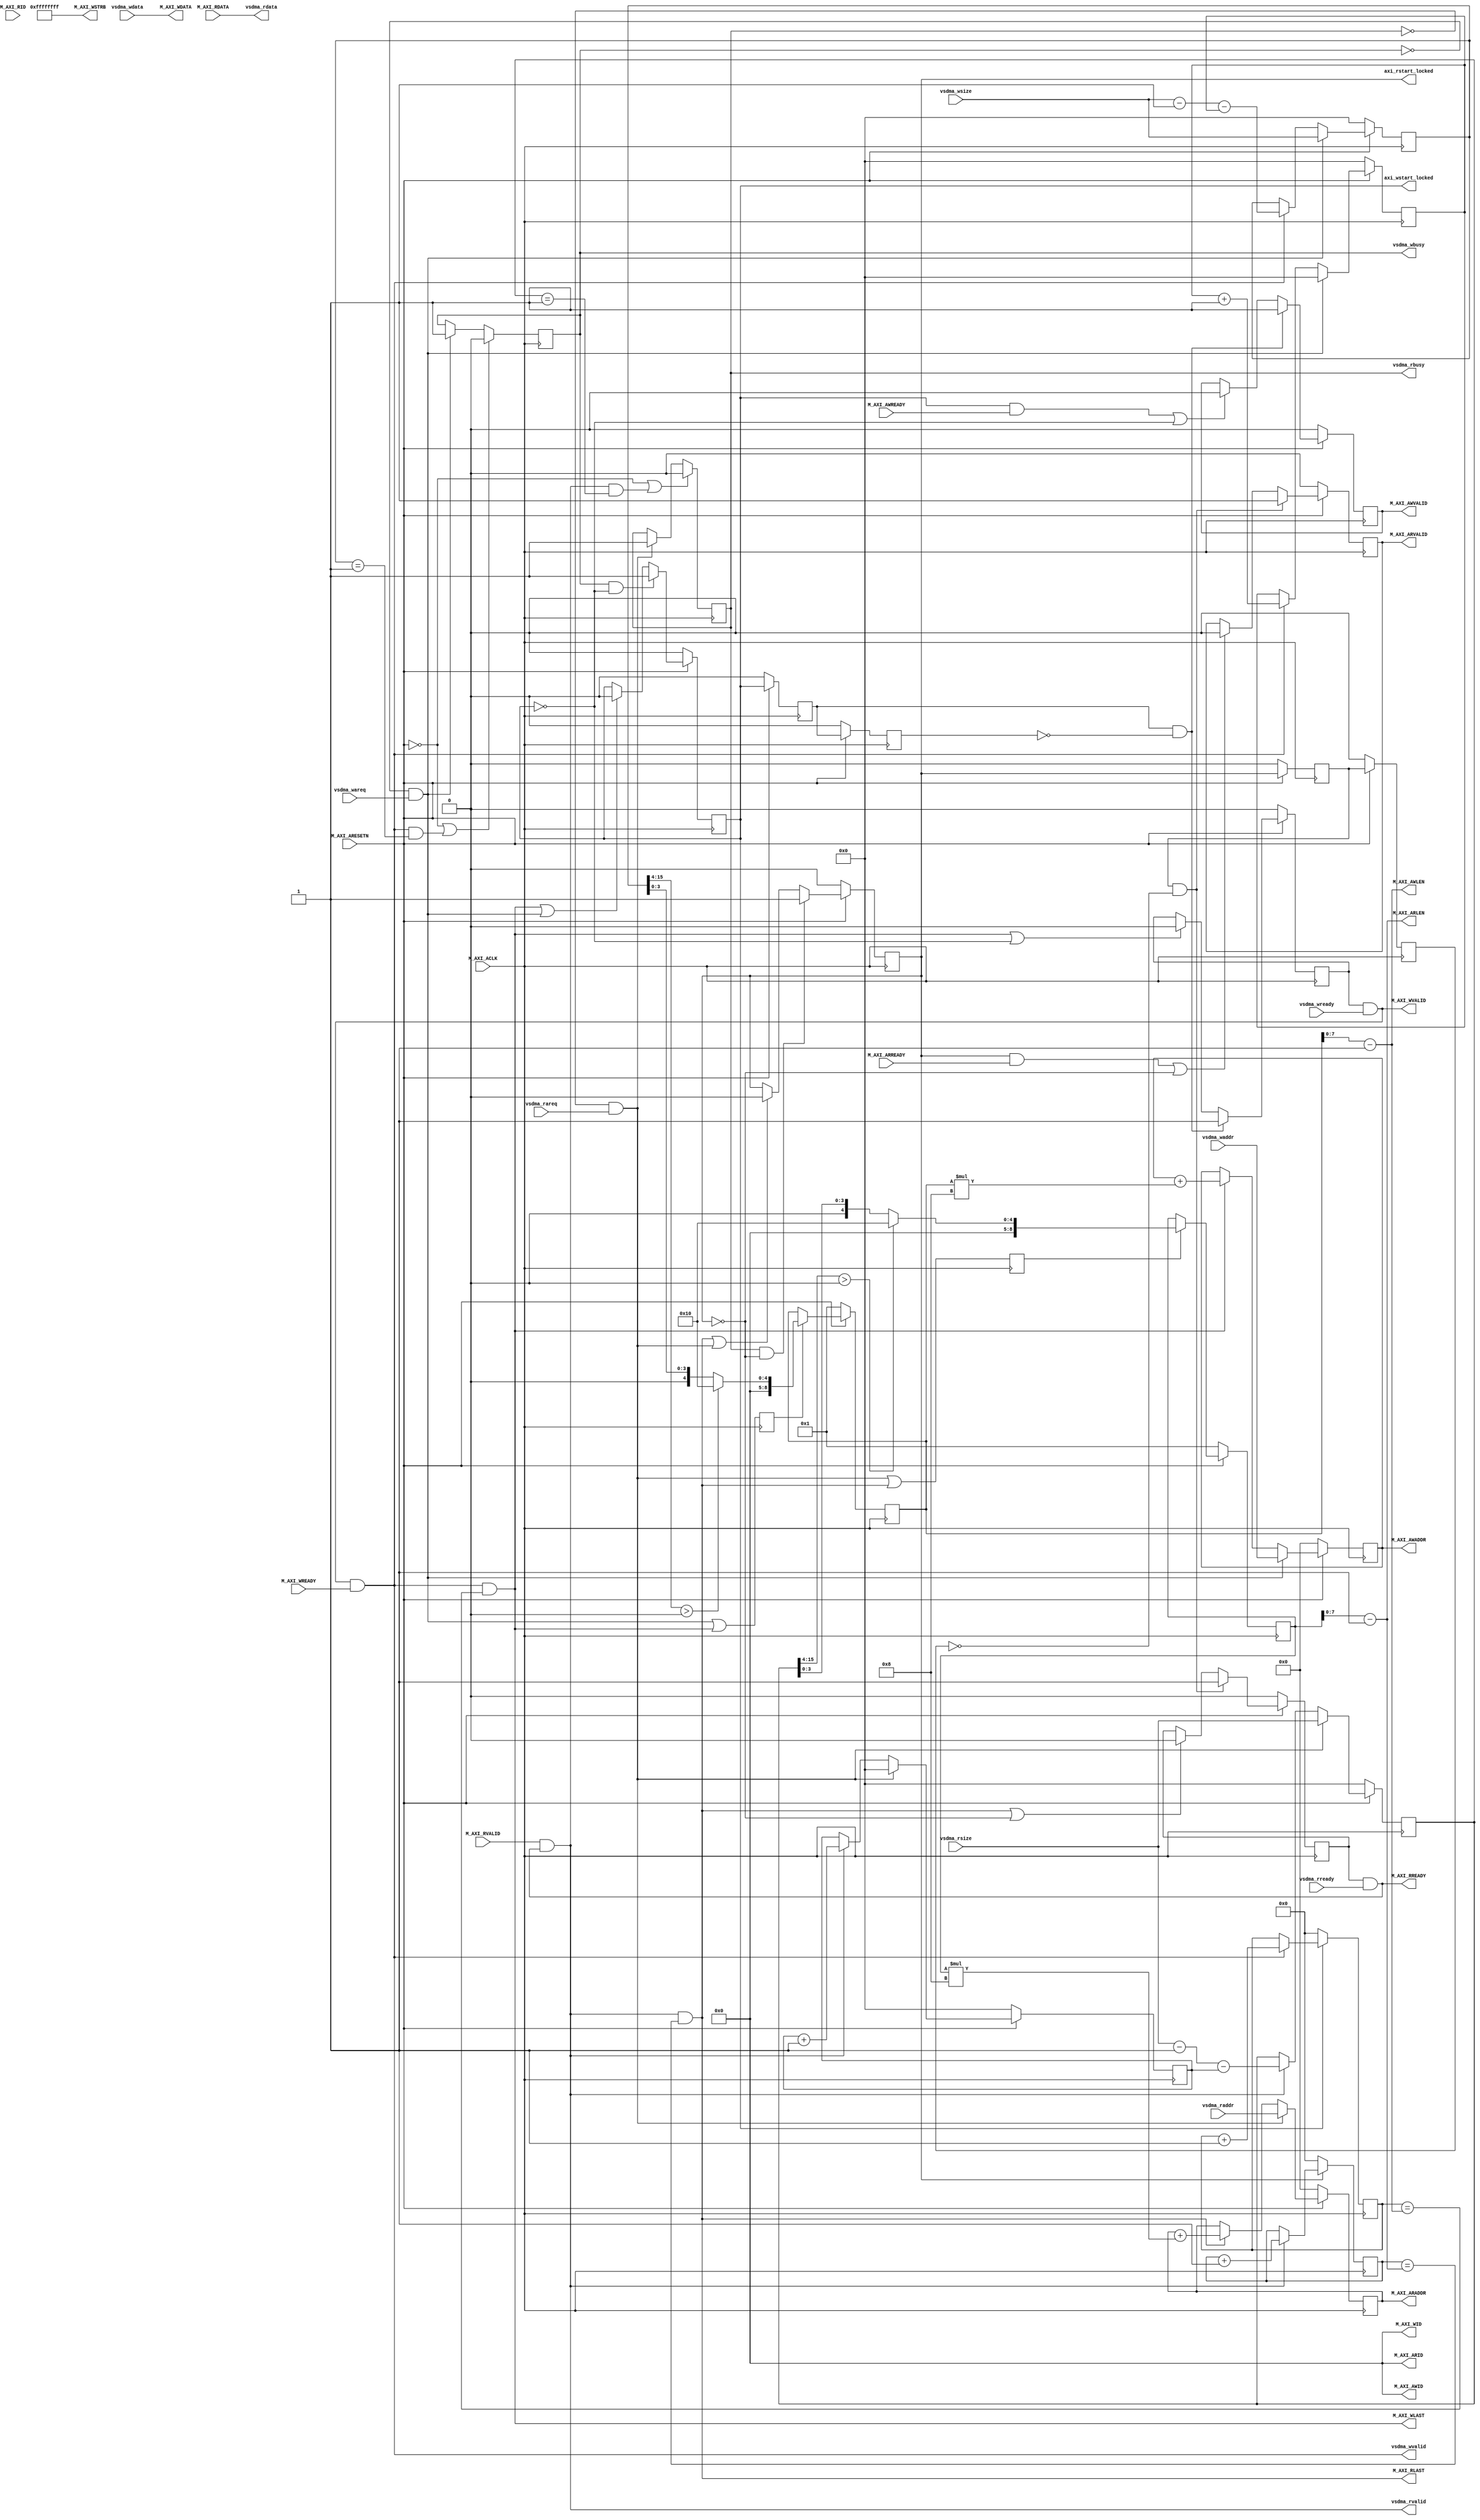

`timescale 1ns / 1ps
//****************************************Copyright (c)***********************************//
//
// Last modified Date   : 2023/05/25
// Created date         : 2023/05/19  
// Descriptions         : vsdma_to_axivsdmaaxi       
//
//****************************************************************************************//

module vsdma_to_axi#
(
    parameter                           integer         M_AXI_ID_WIDTH			    = 4,
    parameter                           integer         M_AXI_ID			        = 0,
    parameter                           integer         M_AXI_ADDR_WIDTH			= 28,
    parameter                           integer         M_AXI_DATA_WIDTH			= 256,
    parameter                           integer		  	M_AXI_MAX_BURST_LEN       	= 16 
)
(
    input  wire        [M_AXI_ADDR_WIDTH-1 : 0]	vsdma_waddr                ,
    input                               		vsdma_wareq                ,
    input  wire        [  15:0]         		vsdma_wsize                ,
    output                              		vsdma_wbusy                ,
				
    input  wire        [M_AXI_DATA_WIDTH-1 :0]	vsdma_wdata                ,
    output wire                         		vsdma_wvalid               ,
    input  wire                         		vsdma_wready               ,

    input  wire        [M_AXI_ADDR_WIDTH-1 : 0]	vsdma_raddr                ,
    input                              			vsdma_rareq                ,
    input  wire        [  15:0]         		vsdma_rsize                ,
    output                              		vsdma_rbusy                ,
				
    output wire        [M_AXI_DATA_WIDTH-1 :0]	vsdma_rdata                ,
    output wire                         		vsdma_rvalid               ,
    input  wire                         		vsdma_rready               ,

    output reg                          		axi_wstart_locked          ,
    output reg                                  axi_rstart_locked          ,
		
    input  wire                         		M_AXI_ACLK                 ,
    input  wire                         		M_AXI_ARESETN              ,
    output wire        [M_AXI_ID_WIDTH-1 : 0]	M_AXI_AWID                 ,
    output wire        [M_AXI_ADDR_WIDTH-1 : 0]	M_AXI_AWADDR               ,
    output wire        [   7:0]        			M_AXI_AWLEN                ,
    output wire                        			M_AXI_AWVALID              ,
    input  wire                         		M_AXI_AWREADY              ,
    output wire        [M_AXI_ID_WIDTH-1 : 0]	M_AXI_WID                  ,
    output wire        [M_AXI_DATA_WIDTH-1 : 0]	M_AXI_WDATA                ,
    output wire        [M_AXI_DATA_WIDTH/8-1 : 0]M_AXI_WSTRB               ,
    output wire                         		M_AXI_WLAST                ,
    output wire                         		M_AXI_WVALID               ,
    input  wire                        			M_AXI_WREADY               ,
 
    output wire        [M_AXI_ID_WIDTH-1 : 0]	M_AXI_ARID                 ,
    output wire        [M_AXI_ADDR_WIDTH-1 : 0]	M_AXI_ARADDR               ,
    output wire        [   7:0]         		M_AXI_ARLEN                ,
    output wire                         		M_AXI_ARVALID              ,
    input  wire                         		M_AXI_ARREADY              ,
	 
    input  wire        [M_AXI_ID_WIDTH-1 : 0]	M_AXI_RID                  ,
    input  wire        [M_AXI_DATA_WIDTH-1 : 0]	M_AXI_RDATA                ,
    output wire                         		M_AXI_RLAST                ,
    input  wire                         		M_AXI_RVALID               ,
    output wire                         		M_AXI_RREADY                
    );

//log2
function integer clogb2 (input integer bit_depth);
    begin
        bit_depth = bit_depth - 1;
        for(clogb2=0; bit_depth>0; clogb2=clogb2+1)
        	bit_depth = bit_depth >> 1;
    end
endfunction

localparam                              AXI_UNITS =  M_AXI_DATA_WIDTH/32;//AXI
localparam             [   3:0]         MAX_BURST_LEN_SIZE = clogb2(M_AXI_MAX_BURST_LEN);
                                                    
//vsdma axi write----------------------------------------------
wire                                    		w_next      = (M_AXI_WVALID & M_AXI_WREADY);//validreadyAXI4
wire                   [M_AXI_DATA_WIDTH-1 : 0]	axi_wdata                  ;//AXI4
wire                                    		axi_wlast                  ;//AXI4LAST
reg                    [M_AXI_ADDR_WIDTH-1 : 0]	axi_awaddr	= 0            ;//AXI4
reg                                     		axi_awvalid	= 1'b0         ;//AXI4
reg                                     		axi_wvalid	= 1'b0         ;//AXI4
reg                    [   8:0]         		wburst_len  = 1            ;//AXI
reg                    [   8:0]         		wburst_cnt  = 0            ;//AXI
reg                    [  15:0]         		wvsdma_cnt  = 0            ;//vsdma
wire                   [  15:0]         		axi_wburst_size = wburst_len * AXI_UNITS;//AXI

assign axi_wdata        	= vsdma_wdata;
assign M_AXI_WID        	= 0;
assign M_AXI_AWID        	= M_AXI_ID;
assign M_AXI_AWADDR        	= axi_awaddr;
assign M_AXI_AWLEN        	= wburst_len - 1;
assign M_AXI_AWVALID        = axi_awvalid;
assign M_AXI_WDATA        	= axi_wdata;
assign M_AXI_WSTRB        	= {(32){1'b1}};
assign M_AXI_WLAST       	= axi_wlast;
assign M_AXI_WVALID        	= axi_wvalid & vsdma_wready;

//----------------------------------------------------------------------------	
//AXI4 FULL Write
wire                                    vsdma_wstart                ;
wire                                    vsdma_wend                  ;
reg                                     vsdma_wstart_locked = 1'b0  ;

assign  vsdma_wvalid      	= w_next;
assign  vsdma_wbusy 		= vsdma_wstart_locked ;
assign  vsdma_wstart 		= (vsdma_wstart_locked == 1'b0 && vsdma_wareq == 1'b1);

//vsdmavsdma_wstart_locked
always @(posedge M_AXI_ACLK)
    if(M_AXI_ARESETN == 1'b0 || vsdma_wend == 1'b1 )
        vsdma_wstart_locked <= 1'b0;
    else if(vsdma_wstart)
        vsdma_wstart_locked <= 1'b1;

//AXI4 write burst lenth busrt addr ------------------------------
/*vsdma_wstartvsdmavsdmaaxi_awaddr
AXIaxi_wlast
AXI
*/
always @(posedge M_AXI_ACLK)
    if(M_AXI_ARESETN == 1'b0)begin
        axi_awaddr <= 0;
    end
    else if(vsdma_wstart)
        axi_awaddr <= vsdma_waddr;
    else if(axi_wlast == 1'b1)
        axi_awaddr <= axi_awaddr + axi_wburst_size ;

//AXI4 write cycle -----------------------------------------------
reg                                     axi_wstart_locked_r1 = 1'b0;
reg                                     axi_wstart_locked_r2 = 1'b0;

always @(posedge M_AXI_ACLK)begin
    if(M_AXI_ARESETN == 1'b0)begin
        axi_wstart_locked_r1 <= 1'b0;
        axi_wstart_locked_r2 <= 1'b0;
    end
    else begin
        axi_wstart_locked_r1 <= axi_wstart_locked;
        axi_wstart_locked_r2 <= axi_wstart_locked_r1;
    end
end
//axi_wstart_lockedAXI
always @(posedge M_AXI_ACLK)
    if(M_AXI_ARESETN == 1'b0)begin
        axi_wstart_locked <= 1'b0;
    end
    else if((vsdma_wstart_locked == 1'b1) &&  axi_wstart_locked == 1'b0)
        axi_wstart_locked <= 1'b1;
    else if(axi_wlast == 1'b1 || vsdma_wstart == 1'b1)
        axi_wstart_locked <= 1'b0;	    
//AXI4 addr valid and write addr-----------------------------------	
always @(posedge M_AXI_ACLK)
     if(M_AXI_ARESETN == 1'b0)begin
         axi_awvalid <= 1'b0;
     end
     else if((axi_wstart_locked_r1 == 1'b1) &&  axi_wstart_locked_r2 == 1'b0)
         axi_awvalid <= 1'b1;
     else if((axi_wstart_locked == 1'b1 && M_AXI_AWREADY == 1'b1)|| axi_wstart_locked == 1'b0)
         axi_awvalid <= 1'b0;
//AXI4 write data---------------------------------------------------		
always @(posedge M_AXI_ACLK)
    if(M_AXI_ARESETN == 1'b0)begin
        axi_wvalid <= 1'b0;
	end
    else if((axi_wstart_locked_r1 == 1'b1) && (axi_wstart_locked_r2 == 1'b0))
        axi_wvalid <= 1'b1;
    else if(axi_wlast == 1'b1 || axi_wstart_locked == 1'b0)
        axi_wvalid <= 1'b0;                                         	
//AXI4 write data burst len counter----------------------------------
always @(posedge M_AXI_ACLK)
    if(axi_wstart_locked == 1'b0)
        wburst_cnt <= 0;
    else if(w_next)
        wburst_cnt <= wburst_cnt + 1'b1;

assign axi_wlast = (w_next == 1'b1) && (wburst_cnt == M_AXI_AWLEN);		   	
//vsdma write data burst len counter----------------------------------
reg                                     wburst_len_req = 1'b0      ;
reg                    [  15:0]         vsdma_wleft_cnt =16'd0     ;

//wburst_len_reqAXI
always @(posedge M_AXI_ACLK)
    wburst_len_req <= vsdma_wstart|axi_wlast;

//vsdma_wleft_cntvsdma         
always @(posedge M_AXI_ACLK)
    if(M_AXI_ARESETN == 1'b0)begin
        wvsdma_cnt <= 0;
        vsdma_wleft_cnt <= 0;
    end
    else if( vsdma_wstart )begin
        wvsdma_cnt <= 0;
        vsdma_wleft_cnt <= vsdma_wsize;
    end
    else if(w_next)begin
        wvsdma_cnt <= wvsdma_cnt + 1'b1;
        vsdma_wleft_cnt <= (vsdma_wsize - 1'b1) - wvsdma_cnt;
    end

//vsdmavsdma_wendvsdma
assign  vsdma_wend = w_next && (vsdma_wleft_cnt == 1 );

//DDR31616
always @(posedge M_AXI_ACLK)begin
    if(M_AXI_ARESETN == 1'b0)begin
        wburst_len <= 1;
    end
    else if(wburst_len_req)begin
        if(vsdma_wleft_cnt[15:MAX_BURST_LEN_SIZE] >0)
            wburst_len <= M_AXI_MAX_BURST_LEN;
        else
            wburst_len <= vsdma_wleft_cnt[MAX_BURST_LEN_SIZE-1:0];
    end
    else wburst_len <= wburst_len;
end

//vsdma axi read----------------------------------------------
wire                                    		r_next      = (M_AXI_RVALID && M_AXI_RREADY);
wire                                    		axi_rlast                  ;
reg                    [M_AXI_ADDR_WIDTH-1 : 0]	axi_araddr  = 0            ;
reg                                     		axi_arvalid = 1'b0         ;
reg                                     		axi_rready	= 1'b0         ;
reg                    [   8:0]         		rburst_len  = 1            ;
reg                    [   8:0]         		rburst_cnt  = 0            ;
reg                    [  15:0]         		rvsdma_cnt	= 0            ;
wire                   [  15:0]        			axi_rburst_size = rburst_len * AXI_UNITS;

assign M_AXI_ARID        	= M_AXI_ID;
assign M_AXI_ARADDR       	= axi_araddr;
assign M_AXI_ARLEN        	= rburst_len - 1;
assign M_AXI_ARVALID        = axi_arvalid;
assign M_AXI_RREADY        	= axi_rready && vsdma_rready;
assign M_AXI_RLAST      	= axi_rlast;                                
assign vsdma_rdata       	= M_AXI_RDATA;
assign vsdma_rvalid      	= r_next;

//AXI4 FULL Read----------------------------------------- 	
wire                                    vsdma_rstart                ;
wire                                    vsdma_rend                  ;
reg                                     vsdma_rstart_locked = 1'b0  ;

assign vsdma_rbusy = vsdma_rstart_locked ;
assign vsdma_rstart = (vsdma_rstart_locked == 1'b0 && vsdma_rareq == 1'b1);

always @(posedge M_AXI_ACLK)
    if(M_AXI_ARESETN == 1'b0 || vsdma_rend == 1'b1)
        vsdma_rstart_locked <= 1'b0;
    else if(vsdma_rstart)
        vsdma_rstart_locked <= 1'b1;

//AXI4 read burst lenth busrt addr ------------------------------
always @(posedge M_AXI_ACLK)
    if(M_AXI_ARESETN == 1'b0)
        axi_araddr <= 0;
    else if(vsdma_rstart == 1'b1)
        axi_araddr <= vsdma_raddr;
    else if(axi_rlast == 1'b1)
        axi_araddr <= axi_araddr + axi_rburst_size ;
//AXI4 r_cycle_flag------------------------------------- 	
reg                                     axi_rstart_locked_r1 = 1'b0;
reg                                     axi_rstart_locked_r2 = 1'b0;

always @(posedge M_AXI_ACLK)begin
    if(M_AXI_ARESETN == 1'b0)begin
        axi_rstart_locked_r1 <= 1'b0;
        axi_rstart_locked_r2 <= 1'b0;
    end
    else begin
        axi_rstart_locked_r1 <= axi_rstart_locked;
        axi_rstart_locked_r2 <= axi_rstart_locked_r1;
    end
end
always @(posedge M_AXI_ACLK)
    if(M_AXI_ARESETN == 1'b0)
        axi_rstart_locked <= 1'b0;
    else if((vsdma_rstart_locked == 1'b1) &&  axi_rstart_locked == 1'b0)
        axi_rstart_locked <= 1'b1;
    else if(axi_rlast == 1'b1 || vsdma_rstart == 1'b1)
        axi_rstart_locked <= 1'b0;
	    
//AXI4 addr valid and read addr-----------------------------------	
always @(posedge M_AXI_ACLK)
     if(M_AXI_ARESETN == 1'b0)
         axi_arvalid <= 1'b0;
     else if((axi_rstart_locked_r1 == 1'b1) &&  axi_rstart_locked_r2 == 1'b0)
         axi_arvalid <= 1'b1;
     else if((axi_rstart_locked == 1'b1 && M_AXI_ARREADY == 1'b1)|| axi_rstart_locked == 1'b0)
         axi_arvalid <= 1'b0;
//AXI4 read data---------------------------------------------------		
always @(posedge M_AXI_ACLK)
    if(M_AXI_ARESETN == 1'b0)
         axi_rready <= 1'b0;
    else if((axi_rstart_locked_r1 == 1'b1) &&  axi_rstart_locked_r2 == 1'b0)
        axi_rready <= 1'b1;
    else if(axi_rlast == 1'b1 || axi_rstart_locked == 1'b0)
        axi_rready <= 1'b0;                                         //	
		
//AXI4 read data burst len counter----------------------------------
always @(posedge M_AXI_ACLK)
    if(axi_rstart_locked == 1'b0)
        rburst_cnt <= 0;
    else if(r_next)
        rburst_cnt <= rburst_cnt + 1'b1;

assign axi_rlast = (r_next == 1'b1) && (rburst_cnt == M_AXI_ARLEN);
//vsdma read data burst len counter----------------------------------
reg                                     rburst_len_req = 1'b0      ;
reg                    [  15:0]         vsdma_rleft_cnt = 16'd0    ;
  
always @(posedge M_AXI_ACLK)
        rburst_len_req <= vsdma_rstart | axi_rlast;
        
always @(posedge M_AXI_ACLK)
	if(M_AXI_ARESETN == 1'b0)begin
        rvsdma_cnt <= 0;
        vsdma_rleft_cnt <=0;
    end
    else if(vsdma_rstart )begin
        rvsdma_cnt <= 0;
        vsdma_rleft_cnt <= vsdma_rsize;
    end
    else if(r_next)begin
        rvsdma_cnt <= rvsdma_cnt + 1'b1;
        vsdma_rleft_cnt <= (vsdma_rsize - 1'b1) - rvsdma_cnt;
    end

assign  vsdma_rend = r_next && (vsdma_rleft_cnt == 1 );
//axi auto burst len caculate-----------------------------------------

always @(posedge M_AXI_ACLK)begin
     if(M_AXI_ARESETN == 1'b0)begin
        rburst_len <= 1;
     end
     else if(rburst_len_req)begin
        if(vsdma_rleft_cnt[15:MAX_BURST_LEN_SIZE] >0)
            rburst_len <= M_AXI_MAX_BURST_LEN;
        else
            rburst_len <= vsdma_rleft_cnt[MAX_BURST_LEN_SIZE-1:0];
     end
     else rburst_len <= rburst_len;
end
					              		   
endmodule